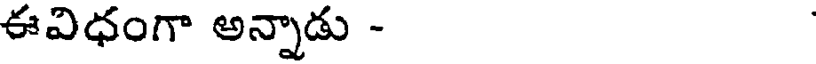
ఈవిధంగా అన్నాడు -